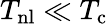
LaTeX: T_{\mathrm{nl}}\ll T_{\mathrm{c}}